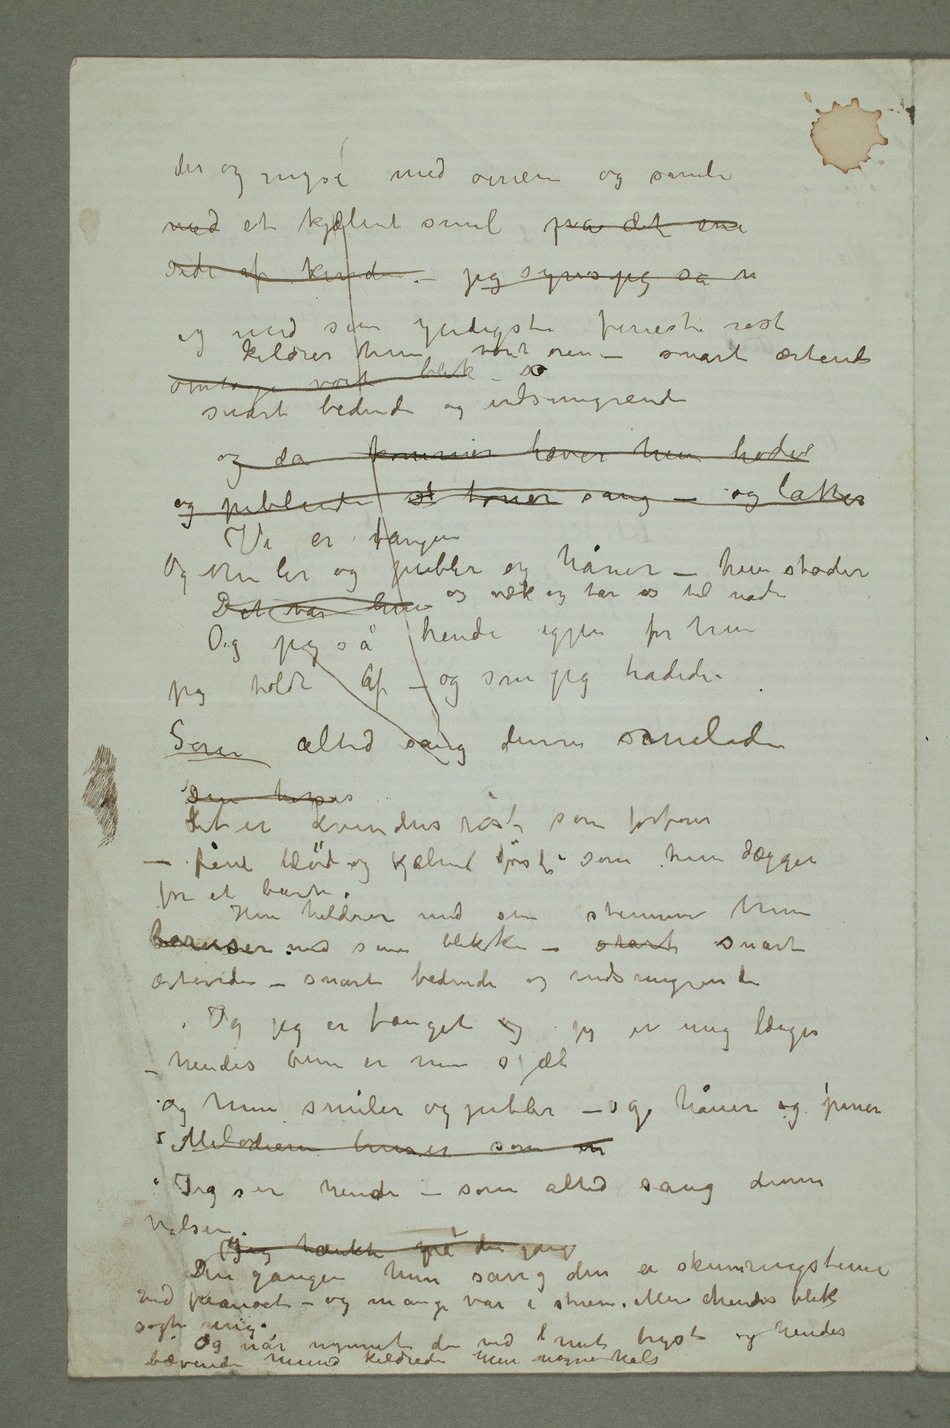
med et kjælent smil på den ene
side af kinden – Jeg synes jeg så n
og med sin yndigste fineste røst
kildrer hun vore øren – snart ærtende
og da kommer hæver hun hodet
og jublende st toner sang og latter
Vi er fangen
Og hun ler og jubler og håner – hun støder os
jeg holdt af – og som jeg hadede
– Som altid sang denne smilende Den
Det er kvindens røst som forfører –
fint blødt og kælent først – som hun dægger for
Hun kildrer med sin stemme hun
beruser med sine blikke – snart snart
ærtende – snart bedende og indsmigrende
Og jeg er fanget og jeg er mig længer –
hendes øine er min sjæl
Og hun smiler og jubler – og håner og piner
Melodien beruser som en
Jeg ser hende – som altid sang denne
valsen
Jeg tænkte på den gang
Den gangen hun sang den en skumringstime
ved pianoet – og mange var i stuen. Men hendes blik
bævende mund kildrede min nøgne hals